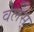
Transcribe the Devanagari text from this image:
वेलस्